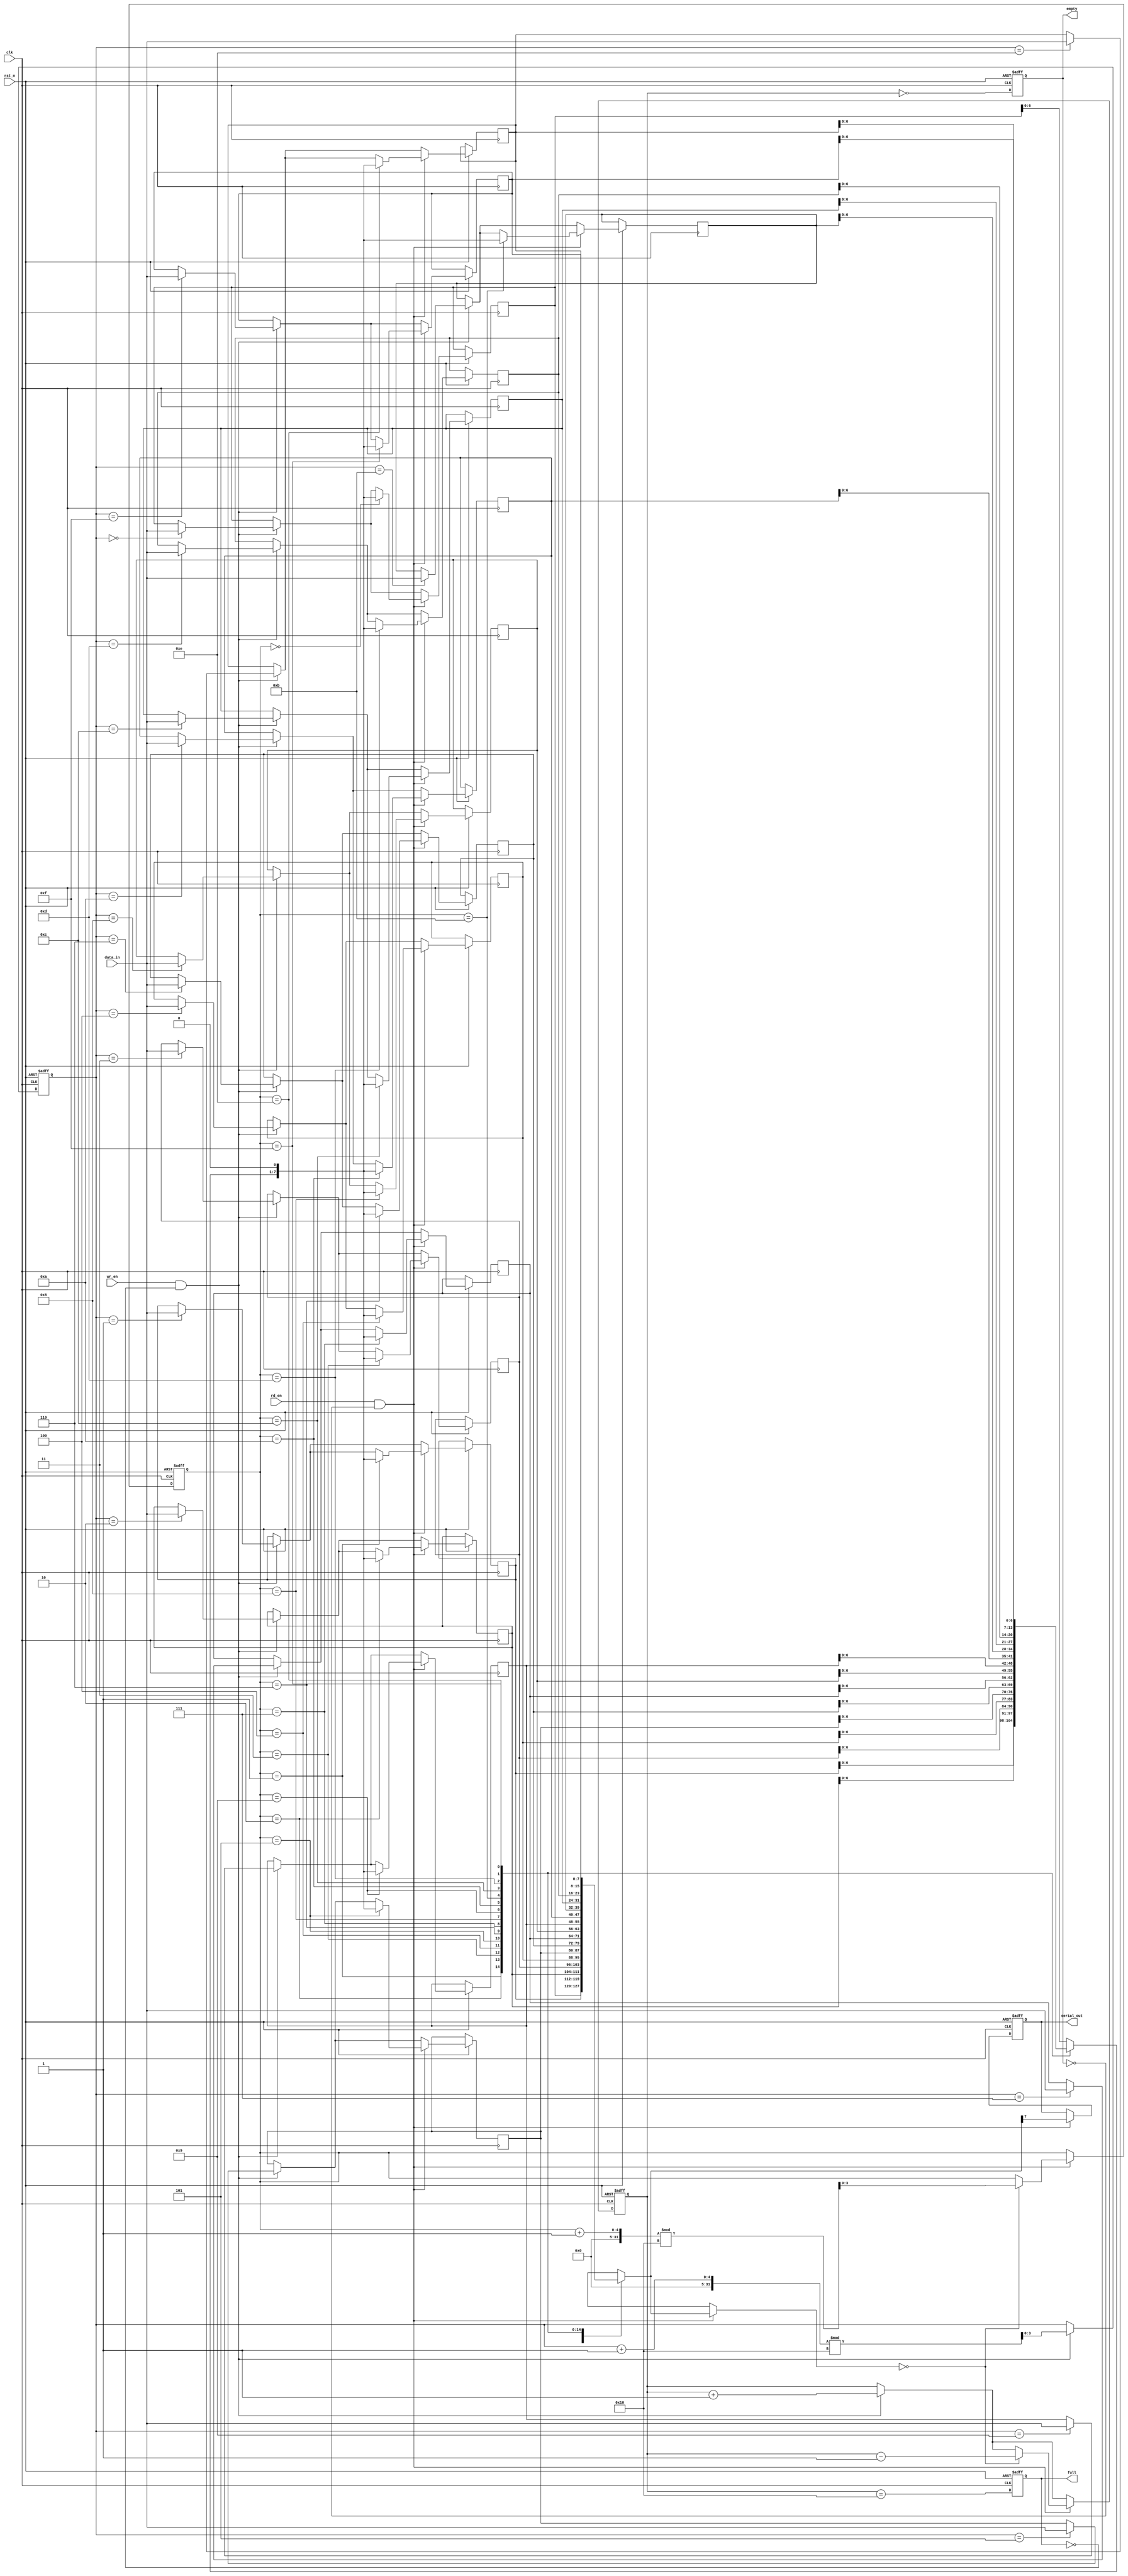
module FIFO_PISO #(
    parameter DATA_WIDTH = 8,  // Width of the data input
    parameter FIFO_DEPTH = 16   // Depth of the FIFO
)(
    input wire clk,              // Clock signal
    input wire rst_n,            // Asynchronous reset (active low)
    input wire wr_en,            // Write enable signal
    input wire rd_en,            // Read enable signal
    input wire [DATA_WIDTH-1:0] data_in, // Parallel data input
    output reg serial_out,       // Serial output
    output reg full,             // FIFO full flag
    output reg empty             // FIFO empty flag
);

    // Internal registers
    reg [DATA_WIDTH-1:0] fifo_mem [0:FIFO_DEPTH-1]; // FIFO memory
    reg [3:0] wr_ptr;          // Write pointer
    reg [3:0] rd_ptr;          // Read pointer
    reg [4:0] count;           // Number of elements in FIFO

    // Asynchronous reset
    always @(posedge clk or negedge rst_n) begin
        if (!rst_n) begin
            wr_ptr <= 0;
            rd_ptr <= 0;
            count <= 0;
            full <= 0;
            empty <= 1;
            serial_out <= 0;
        end else begin
            // Write operation
            if (wr_en && !full) begin
                fifo_mem[wr_ptr] <= data_in; // Store data in FIFO
                wr_ptr <= (wr_ptr + 1) % FIFO_DEPTH; // Increment write pointer
                count <= count + 1; // Increment count
            end

            // Read operation
            if (rd_en && !empty) begin
                serial_out <= fifo_mem[rd_ptr][DATA_WIDTH-1]; // Output MSB of the data
                fifo_mem[rd_ptr] <= {fifo_mem[rd_ptr][DATA_WIDTH-2:0], 1'b0}; // Shift left
                if (fifo_mem[rd_ptr] == 0) begin
                    rd_ptr <= (rd_ptr + 1) % FIFO_DEPTH; // Increment read pointer
                    count <= count - 1; // Decrement count
                end
            end

            // Update full and empty flags
            full <= (count == FIFO_DEPTH);
            empty <= (count == 0);
        end
    end

endmodule